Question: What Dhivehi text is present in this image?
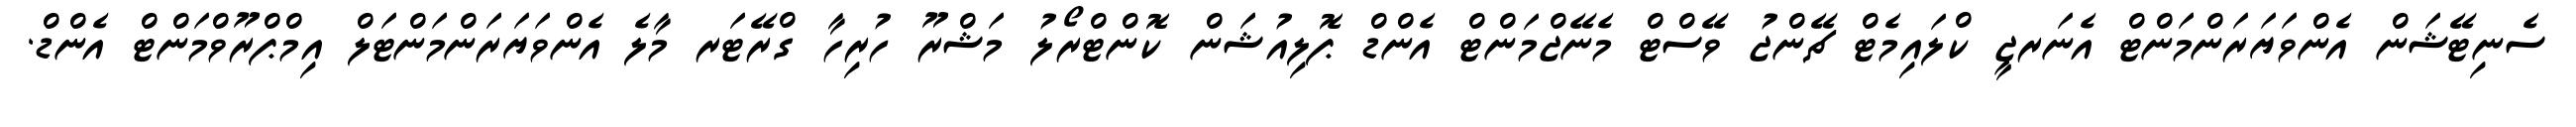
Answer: ސެނިޓޭޝަން އެންވަޔަރަންމަންޓް އެނަރޖީ ކްލައިމެޓް ޗޭންޖު ވޭސްޓް މެނޭޖްމަންޓް އެންޑް ޕޮލިއުޝަން ކޮންޓްރޯލު މަޝްރޫ ހުރިހާ ގްރޭޓަރ މާލެ އެންވަޔަރަންމަންޓަލް އިމްޕްރޫވްމަންޓް އެންޑް.